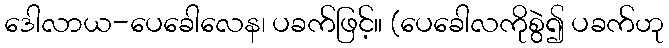
ဒေါလာယ-ပေခေါလေန၊ ပခက်ဖြင့်။ (ပေခေါလကိုစွဲ၍ ပခက်ဟု